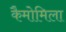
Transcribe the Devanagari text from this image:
कैमोमिला